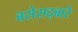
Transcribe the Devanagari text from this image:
बसेसद्बारे